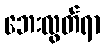
ဘေးလွတ်ရာ